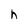
Character: h